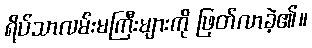
ရိပ်သာလမ်းမကြီးများကို ဖြတ်လာခဲ့၏။